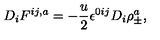
D _ { i } F ^ { i j , a } = - \frac { u } { 2 } \epsilon ^ { 0 i j } D _ { i } \rho _ { \pm } ^ { a } ,